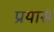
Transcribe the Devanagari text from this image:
प्रयासं